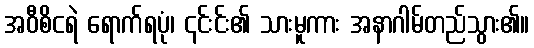
အဝီစိငရဲ ရောက်ရပုံ၊ ၎င်းင်း၏ သားမူကား အနာဂါမ်တည်သွား၏။